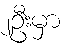
၂ဦးမှာ